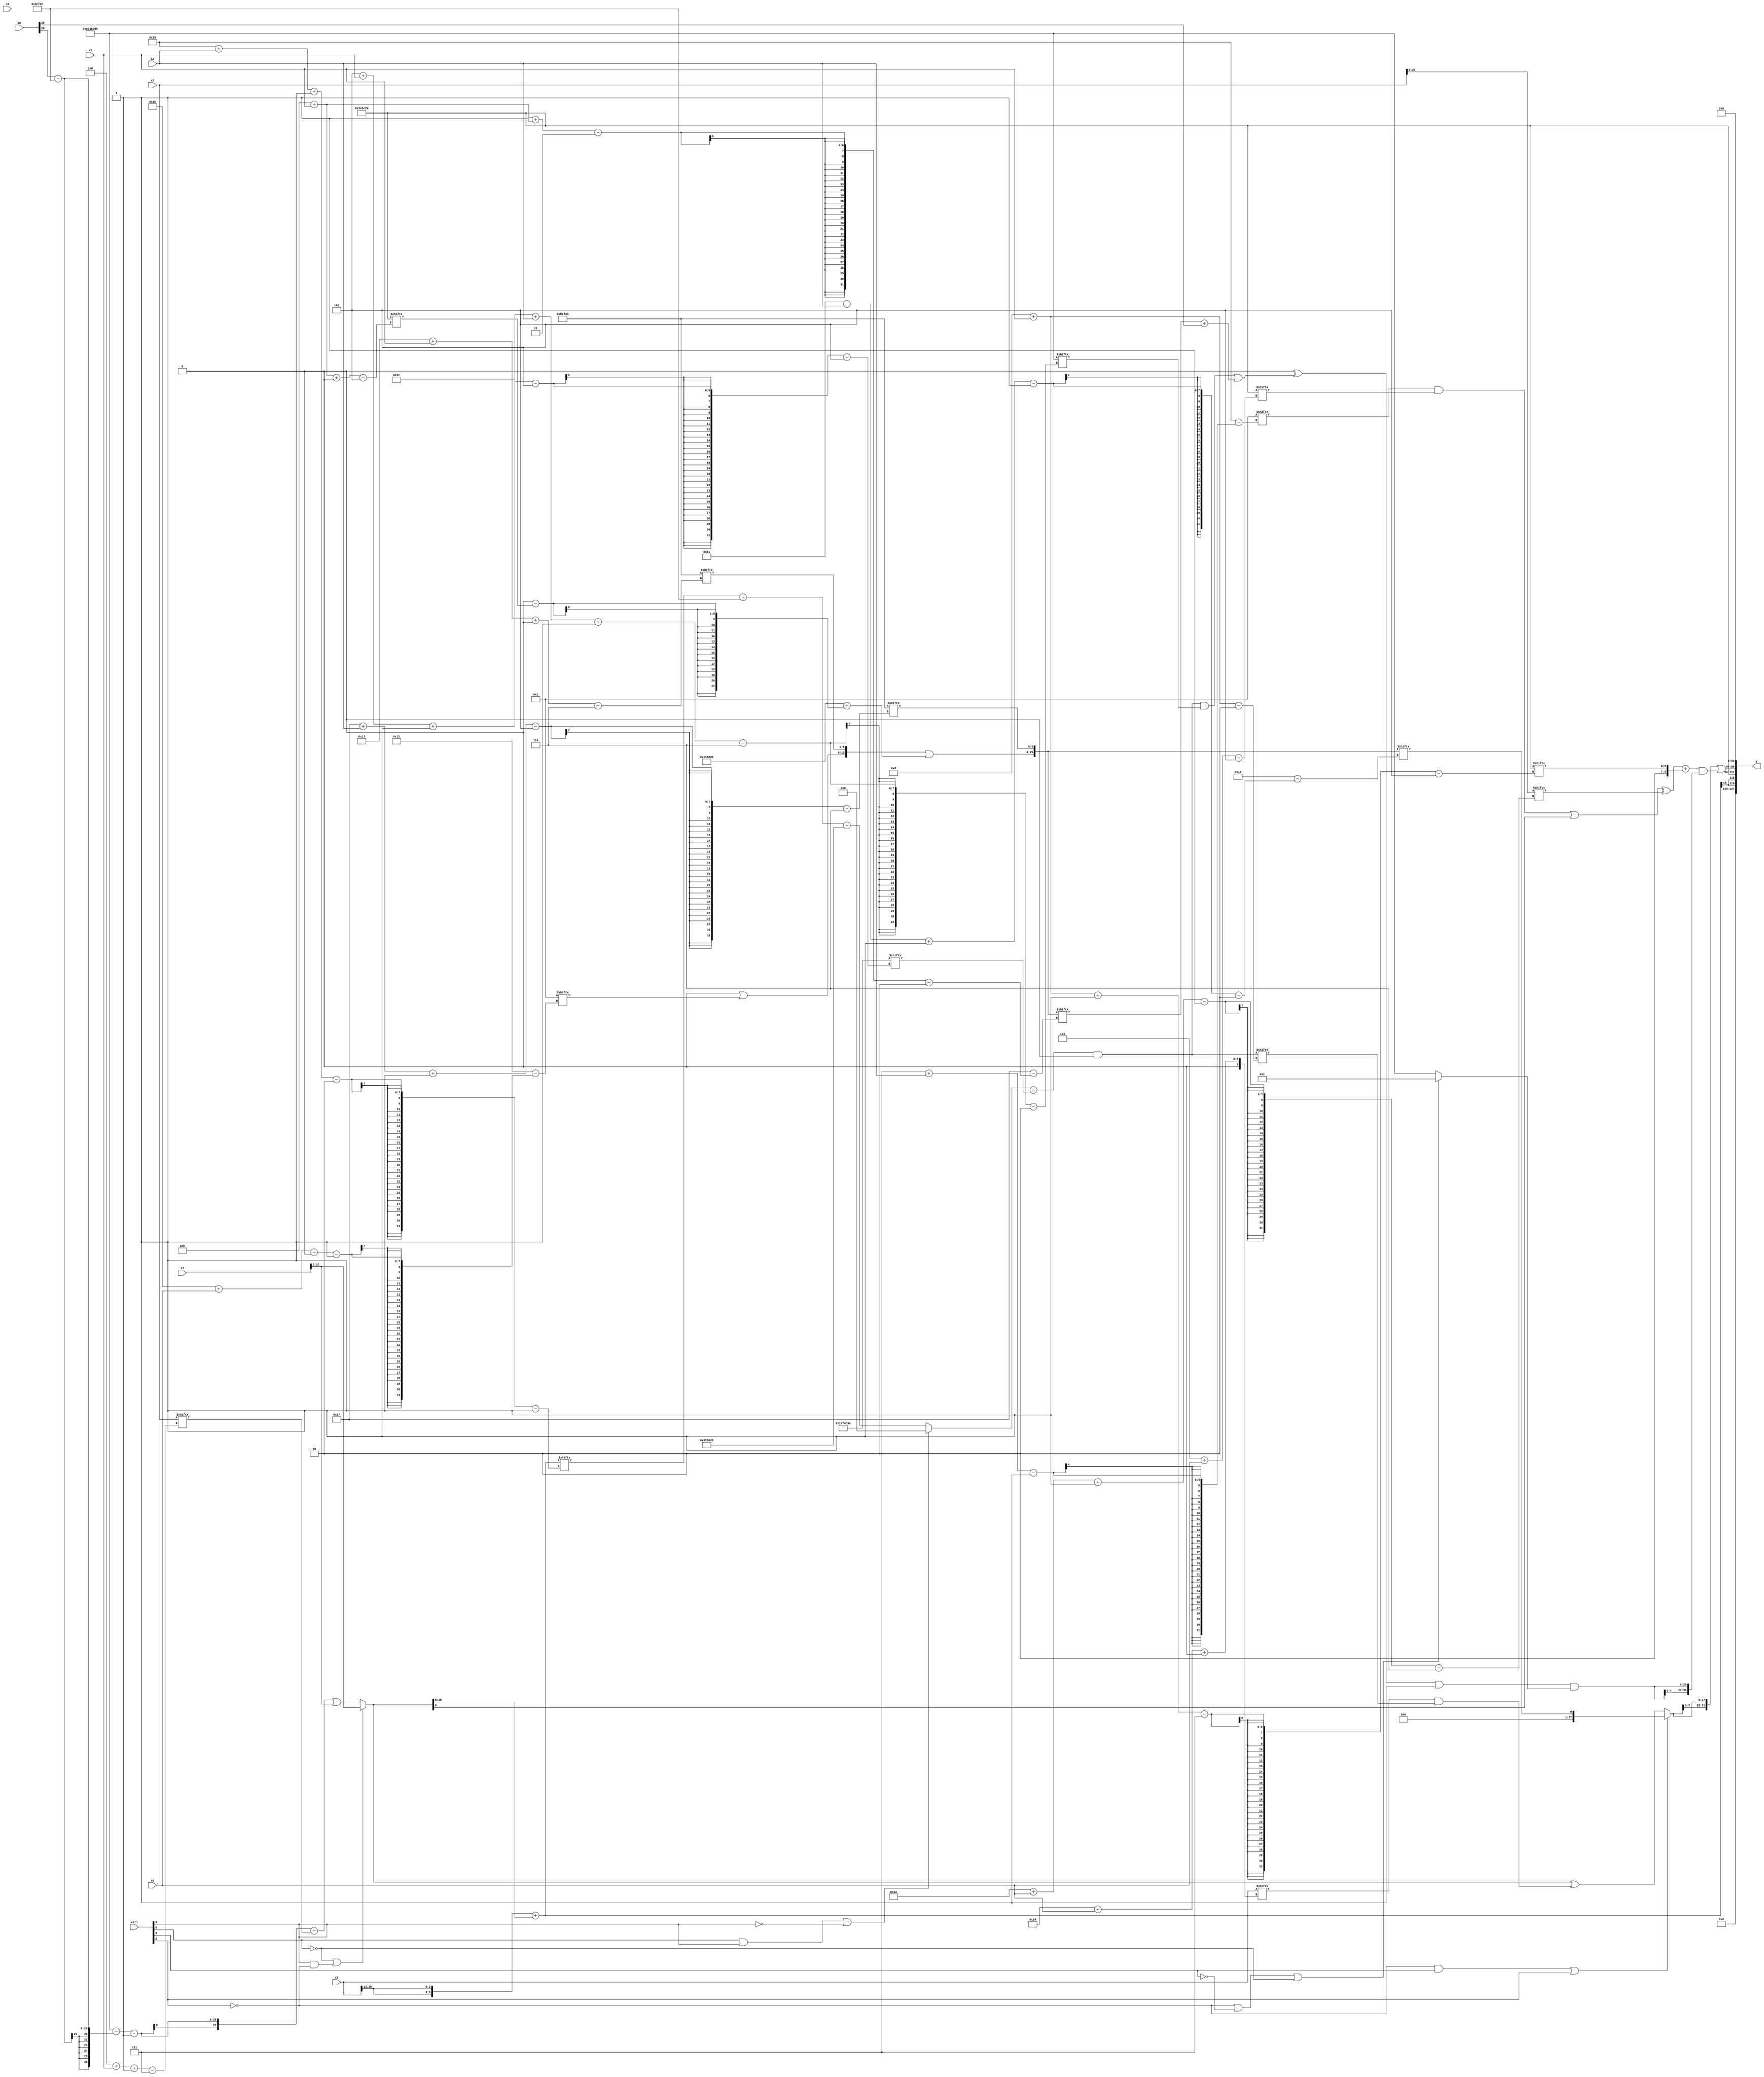
module partsel_00092(ctrl, s0, s1, s2, s3, x0, x1, x2, x3, y);
  input [3:0] ctrl;
  input [2:0] s0;
  input [2:0] s1;
  input [2:0] s2;
  input [2:0] s3;
  input [31:0] x0;
  input [31:0] x1;
  input signed [31:0] x2;
  input [31:0] x3;
  wire signed [29:6] x4;
  wire [25:7] x5;
  wire signed [3:30] x6;
  wire signed [3:31] x7;
  wire signed [31:7] x8;
  wire [1:25] x9;
  wire [26:1] x10;
  wire [6:27] x11;
  wire [0:26] x12;
  wire [25:2] x13;
  wire [2:27] x14;
  wire [30:2] x15;
  output [127:0] y;
  wire [31:0] y0;
  wire [31:0] y1;
  wire signed [31:0] y2;
  wire signed [31:0] y3;
  assign y = {y0,y1,y2,y3};
  localparam signed [28:4] p0 = 863980602;
  localparam signed [29:6] p1 = 722194219;
  localparam [28:2] p2 = 244535510;
  localparam [25:4] p3 = 473742379;
  assign x4 = x3;
  assign x5 = x0[15 +: 4];
  assign x6 = (!ctrl[0] || ctrl[1] && !ctrl[2] ? {{p2[9 +: 4], p2[14 -: 1]}, {{{x0[18 + s0 +: 4], p1[23 -: 4]}, (p2[3 + s2 -: 1] + x4[23 -: 4])}, {2{x2}}}} : {p3[15], (({2{((p2 - (x0[20] - p1)) - p0[14])}} - x3[13 + s3 -: 7]) | x2)});
  assign x7 = x6[20 -: 4];
  assign x8 = x5[23 -: 1];
  assign x9 = (p3[15] - x8[15]);
  assign x10 = ({2{x1[15 -: 3]}} + {2{x6}});
  assign x11 = ({2{((p1[21 -: 3] - x10[9 + s0 +: 4]) ^ ((!ctrl[0] || ctrl[3] && ctrl[3] ? x6[16] : (p2[12] & p0[4 + s0 -: 7])) - p3[4 + s0 +: 1]))}} + p2[10]);
  assign x12 = p0[4 + s3 -: 4];
  assign x13 = (({(!ctrl[2] && ctrl[1] && ctrl[2] ? {2{p2[6 + s0 -: 8]}} : (p1[14 + s3 +: 7] & p3[29 + s0 +: 4])), (ctrl[0] && ctrl[1] || !ctrl[1] ? x8[8] : ((x10[24 + s2 -: 2] + p1) - p2))} - x12) & x5[18 +: 1]);
  assign x14 = {2{{x2[16 + s2], {({(x7[22] | x9[30 + s0 +: 7]), p1[19 + s3 +: 6]} | (p2 - (p2[10] - p3[11 + s3 +: 8]))), p1[23 + s2 -: 4]}}}};
  assign x15 = ((p3[9] - p3) - x6[17 +: 2]);
  assign y0 = {{2{x10[19 +: 1]}}, p3};
  assign y1 = ({2{(!ctrl[2] && ctrl[3] || ctrl[2] ? x14[17 + s2 -: 1] : (x6 ^ (x1[16 + s0 +: 7] & x13[8 + s3])))}} | ((((((x12[13] ^ x9[7 + s2]) & p3[5 + s0]) | x6[22]) ^ x4[26 + s0 -: 1]) + {p0[14 -: 2], p3[8 + s3 -: 7]}) & {2{(((p3[10] ^ ((x13 & p2[28 + s2 -: 6]) | (x14[11 + s3 -: 3] + x0[15]))) | p0[18]) & (!ctrl[2] || !ctrl[3] || !ctrl[0] ? p1[16] : p2))}}));
  assign y2 = p1[19];
  assign y3 = {2{x5[17 +: 4]}};
endmodule